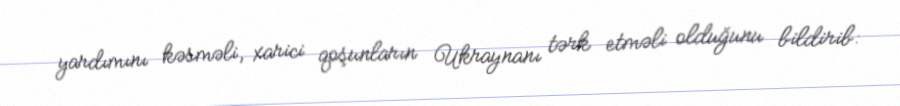
yardımını kəsməli, xarici qoşunların Ukraynanı tərk etməli olduğunu bildirib: